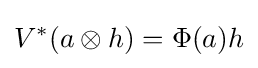
V^{\ast }(a\otimes h)=\Phi (a)h